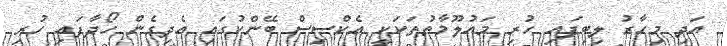
އަދި މިހާރު ލިބިފައި ހުރި މައުލޫމާތުތަކަކީ އެކްސިސް ބޭންކުގައި އެދިގެން ހޯދާފައި ހުރި